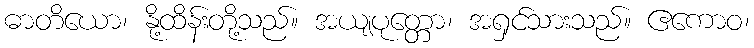
ဓာတိယော၊ နို့ထိန်းတို့သည်။ အယျပုတ္တော၊ အရှင်သားသည်။ ဧကောဝ၊